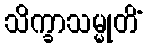
သိက္ခာသမ္မုတိံ